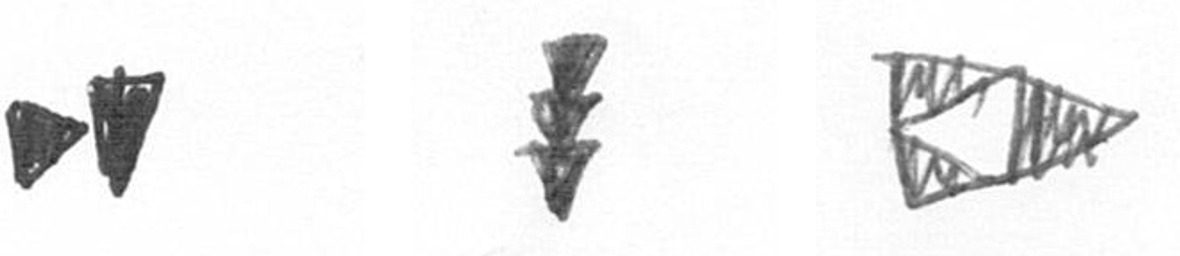
M E K